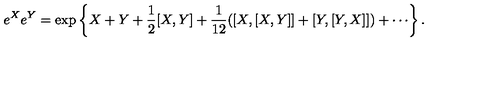
e ^ { X } e ^ { Y } = \exp \left\{ X + Y + { \frac { 1 } { 2 } } [ X , Y ] + { \frac { 1 } { 1 2 } } ( [ X , [ X , Y ] ] + [ Y , [ Y , X ] ] ) + \cdots \right\} .